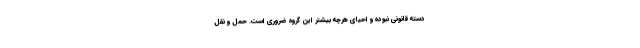
دسته قانونی نبوده و احیای هرچه بیشتر این گروه ضروری است. حمل و نقل